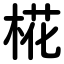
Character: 椛